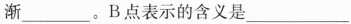
渐___。B点表示的含义是___